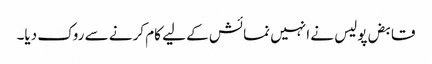
قابض پولیس نے انہیں نمائش کے لیے کام کرنے سے روک دیا۔